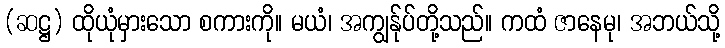
(ဆဋ္ဌ) ထိုယုံမှားသော စကားကို။ မယံ၊ အကျွန်ုပ်တို့သည်။ ကထံ ဇာနေမု၊ အဘယ်သို့